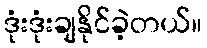
ဒုံးဒုံးချနိုင်ခဲ့တယ်။